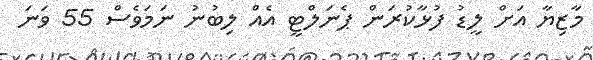
މާޒިޔާ އަށް ލީޑު ފުޅާކުރަން ޕެނަލްޓީ އެއް ލިބުނު ނަމަވެސް 55 ވަނަ